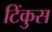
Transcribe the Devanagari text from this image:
टिंकुस